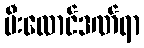
မီးလောင်ဒဏ်ရာ